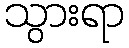
သွားရာ